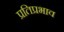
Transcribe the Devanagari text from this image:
प्रतिप्रभाव